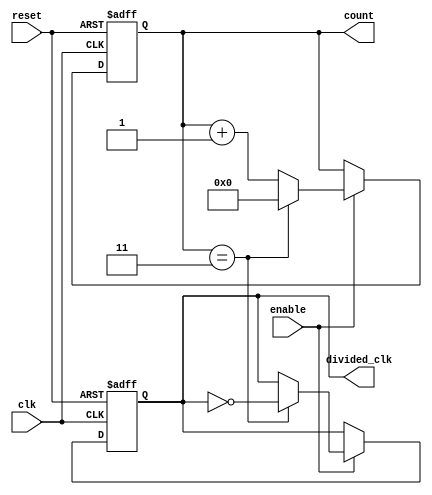
module frequency_divider_counter #(
    parameter DIV_FACTOR = 4  // Division factor (integer)
)(
    input wire clk,            // Input clock signal
    input wire reset,          // Asynchronous reset signal
    input wire enable,         // Enable signal for counting
    output reg divided_clk,     // Output divided clock signal
    output reg [31:0] count     // Current count value
);

    // Internal variable to track the count
    reg [31:0] next_count;

    // Asynchronous reset and counting logic
    always @(posedge clk or posedge reset) begin
        if (reset) begin
            count <= 0;           // Reset count to 0
            divided_clk <= 0;     // Reset divided clock
        end else if (enable) begin
            // Check if the count has reached the division factor
            if (count == (DIV_FACTOR - 1)) begin
                count <= 0;       // Reset count
                divided_clk <= ~divided_clk; // Toggle divided clock
            end else begin
                count <= count + 1; // Increment count
            end
        end
    end

endmodule